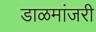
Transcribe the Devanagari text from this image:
डाळमांजरी